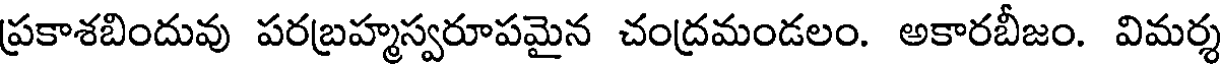
ప్రకాశబిందువు పరబ్రహ్మస్వరూపమైన చంద్రమండలం. అకారబీజం. విమర్శ